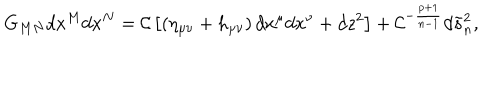
LaTeX: G _ { M N } d x ^ { M } d x ^ { N } = { \cal C } \left[ \left( \eta _ { \mu \nu } + h _ { \mu \nu } \right) d x ^ { \mu } d x ^ { \nu } + d z ^ { 2 } \right] + { \cal C } ^ { - { \frac { p + 1 } { n - 1 } } } d \tilde { s } _ { n } ^ { 2 } ,